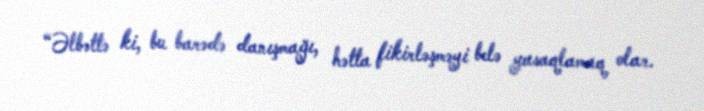
“Əlbəttə ki, bu barədə danışmağı, hətta fikirləşməyi belə yasaqlamaq olar.